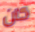
كان